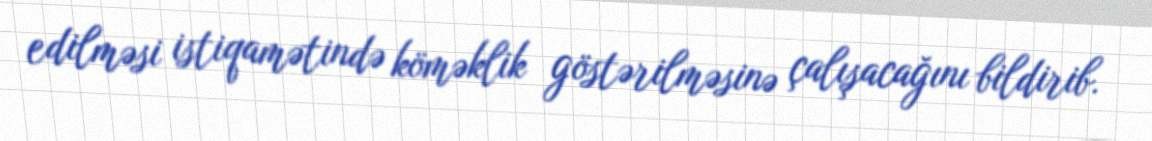
edilməsi istiqamətində köməklik göstərilməsinə çalışacağını bildirib.